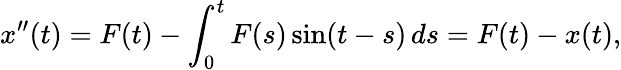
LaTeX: x^{\prime\prime}(t)=F(t)-\int_{0}^{t}F(s)\sin(t-s)\, ds=F(t)-x(t),